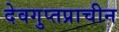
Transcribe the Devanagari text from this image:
देवगुप्तप्राचीन